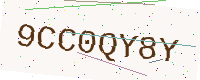
Text: 9CC0QY8Y